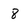
Character: 8